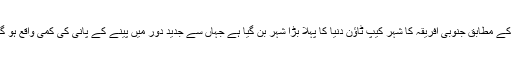
ماہرین کے مطابق جنوبی افریقہ کا شہر کیپ ٹاؤن دنیا کا پہلا بڑا شہر بن گیا ہے جہاں سے جدید دور میں پینے کے پانی کی کمی واقع ہو گئی ہے۔